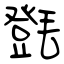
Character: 㲪